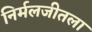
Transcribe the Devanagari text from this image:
निर्मलजीतला